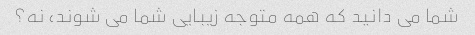
شما می دانید که همه متوجه زیبایی شما می شوند، نه؟